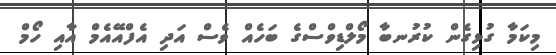
މިކަމާ ގުޅިގެން ކުރުނބާ މޯލްޑިވްސްގެ ބަހެއް ވެސް އަދި އެފްއޭއެމް އާއި ހޯމް